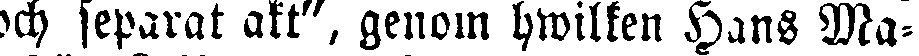
och separat akt", genom hwilken Hans Ma-